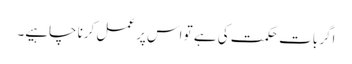
اگر بات حکمت کی ہے تو اس پر عمل کرنا چاہیے۔